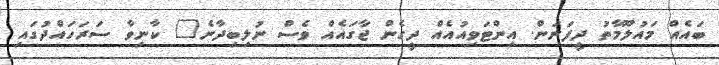
ބައެއް މައުލޫމާތު ދީފަނަން. އިންޓަވިއުއެއް ދީގެން ޖާގައެއް ވެސް ނުލިބިދާނެ" ކާނިވާ ސަރަހައްދުގައި